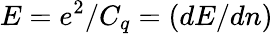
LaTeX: E=e^{2}/C_{q}=\left(dE/dn\right)